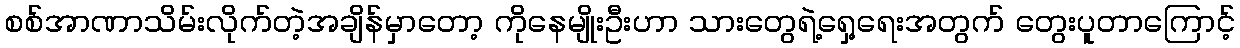
စစ်အာဏာသိမ်းလိုက်တဲ့အချိန်မှာတော့ ကိုနေမျိုးဦးဟာ သားတွေရဲ့ရှေ့ရေးအတွက် တွေးပူတာကြောင့်